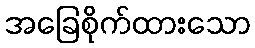
အခြေစိုက်ထားသော